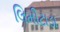
લિમીટાડા